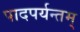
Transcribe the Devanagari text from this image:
पादपर्यन्तम्‌